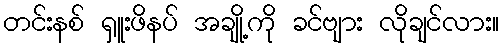
တင်းနစ် ရှူးဖိနပ် အချို့ကို ခင်ဗျား လိုချင်လား။